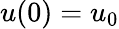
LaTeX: u(0)=u_{0}